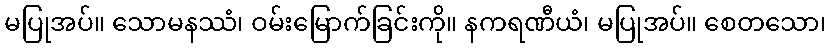
မပြုအပ်။ သောမနဿံ၊ ဝမ်းမြောက်ခြင်းကို။ နကရဏီယံ၊ မပြုအပ်။ စေတသော၊